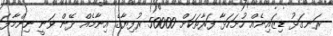
ރަނގަޅު ޑިޒައިނެއް ހުށަހަޅާ ފަރާތަކަށް 50000 ރުފިޔާގެ އިނާމެއް ދޭން ވަނީ ނިންމާފަ